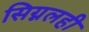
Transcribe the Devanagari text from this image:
सिग्नलही